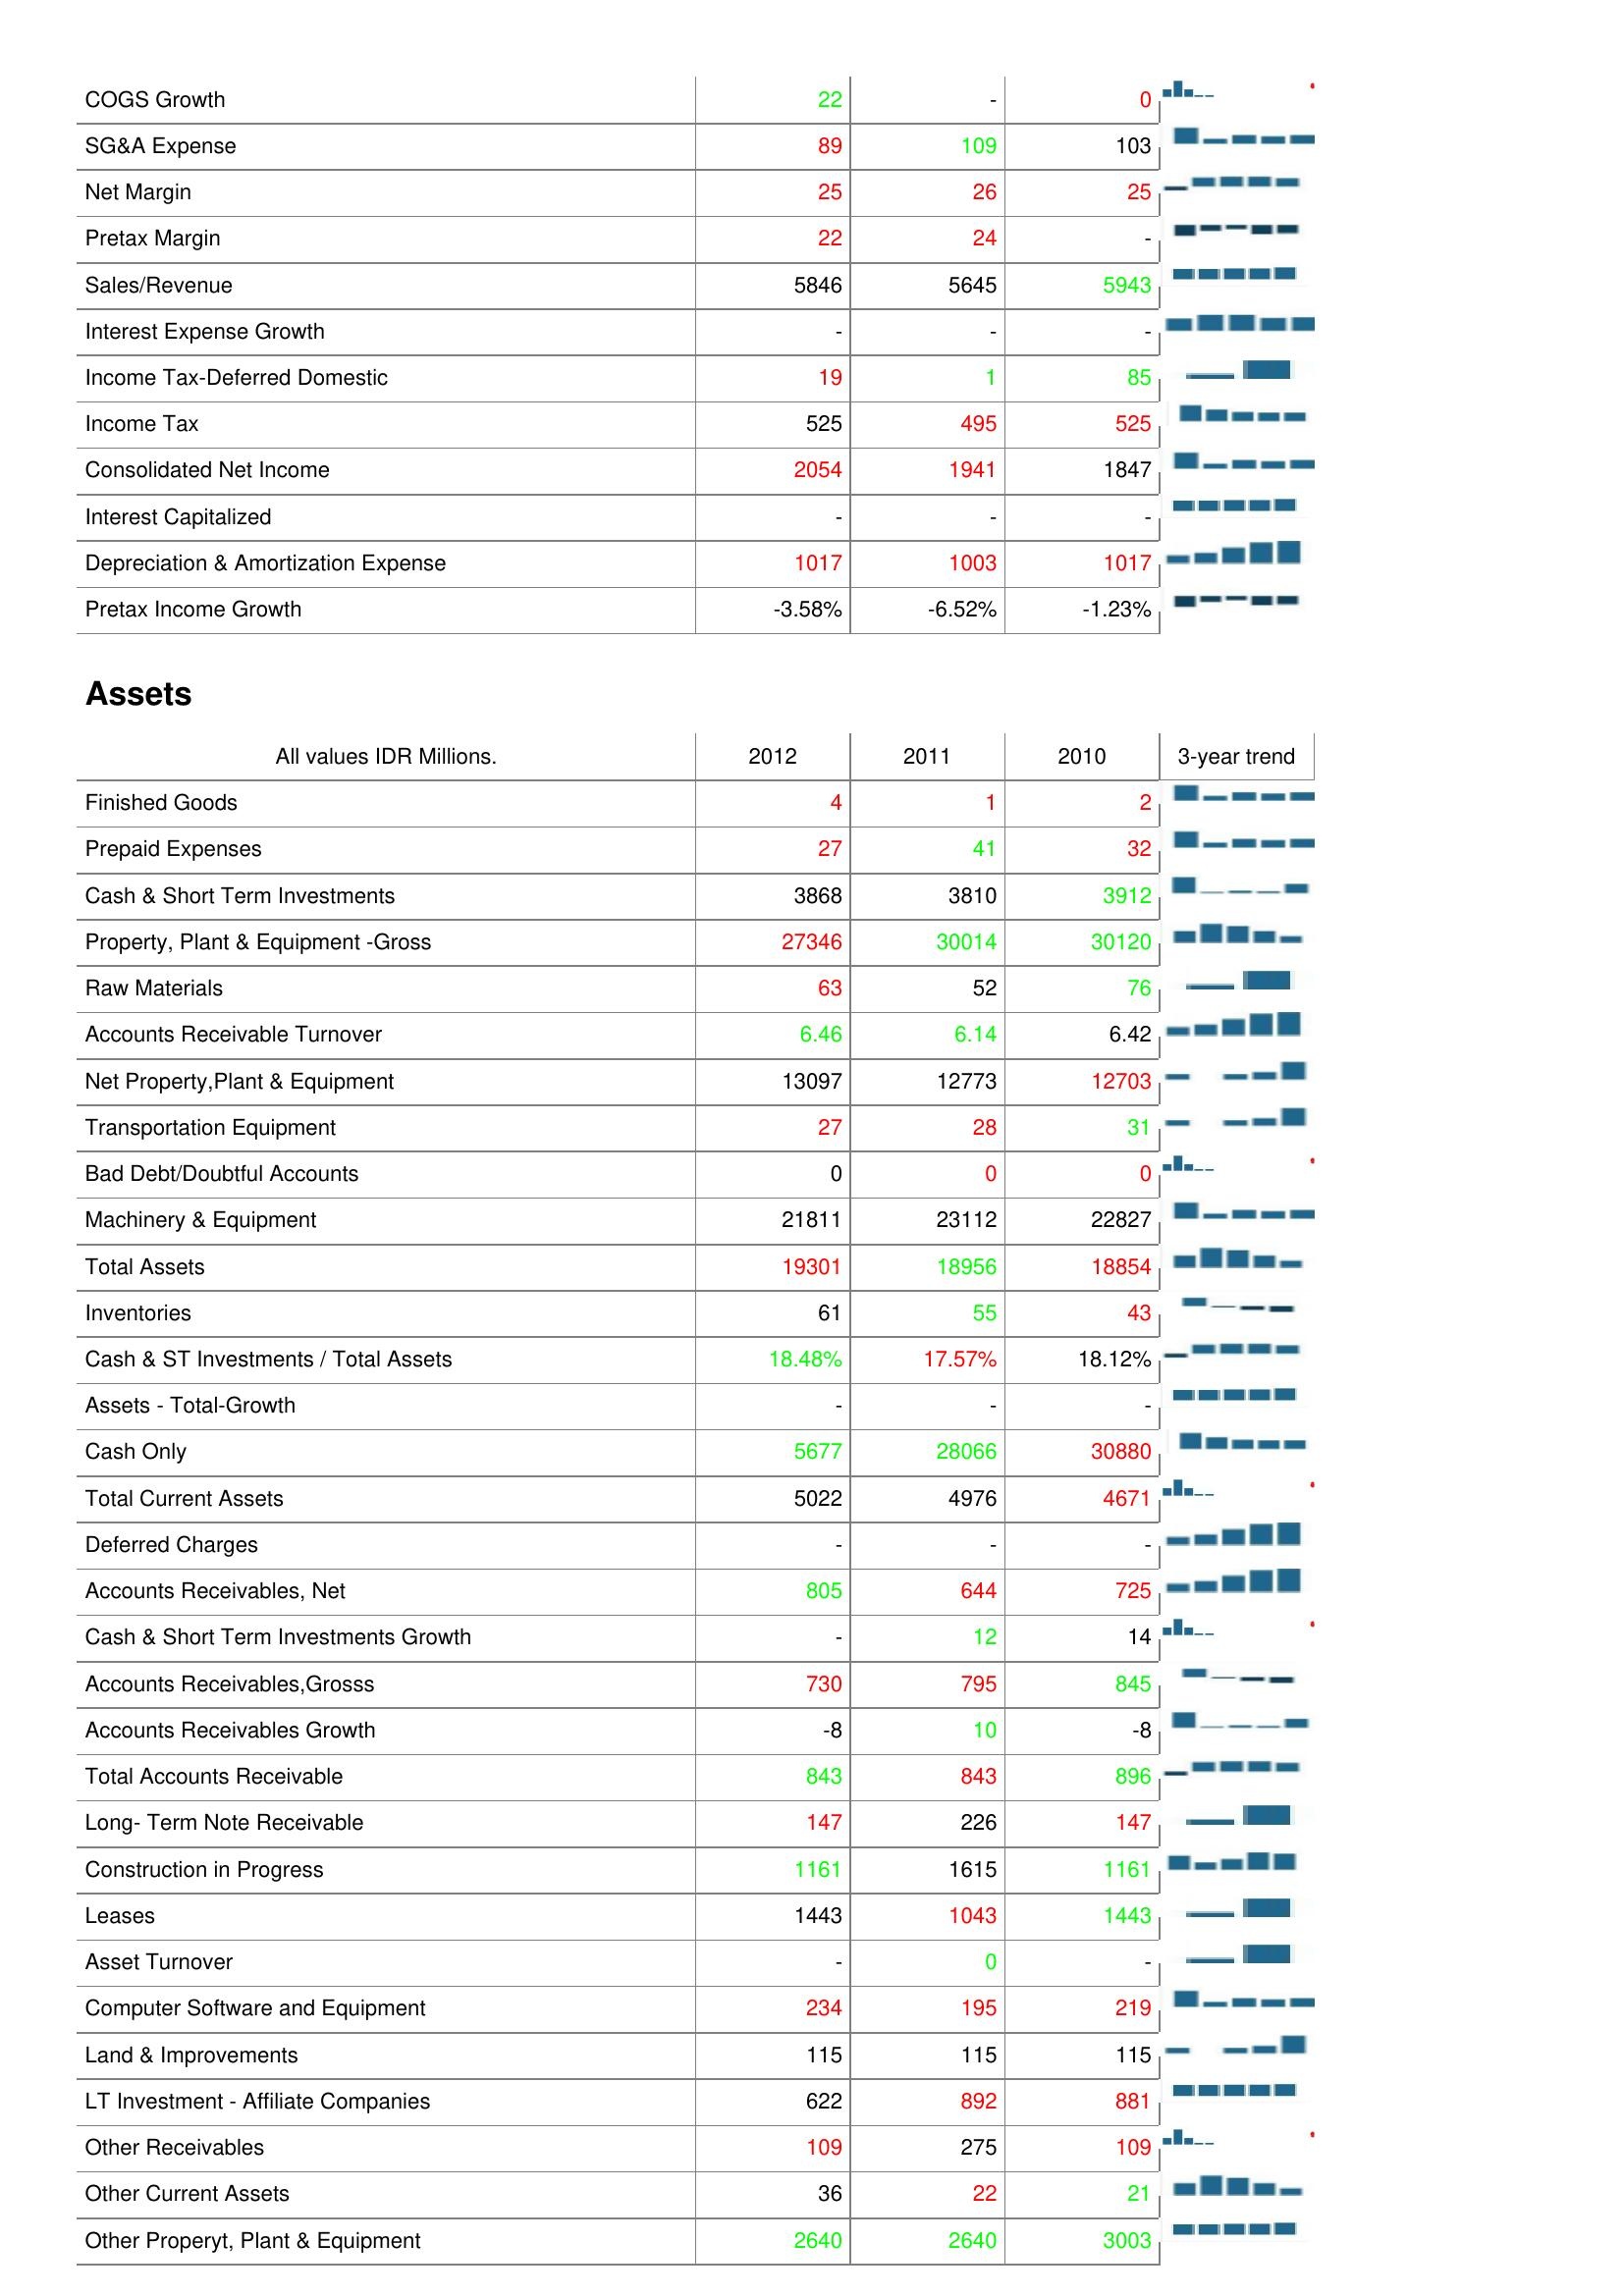
2012: : COGS Growth: 22
SG&A Expense: 89
Net Margin: 25
Pretax Margin: 22
Sales/Revenue: 5846
Interest Expense Growth: -
Income Tax-Deferred Domestic: 19
Income Tax: 525
Consolidated Net Income: 2054
Interest Capitalized: -
Depreciation & Amortization Expense: 1017
Pretax Income Growth: -3.58%
Assets: Finished Goods: 4
Prepaid Expenses: 27
Cash & Short Term Investments: 3868
Property, Plant & Equipment -Gross: 27346
Raw Materials: 63
Accounts Receivable Turnover: 6.46
Net Property,Plant & Equipment: 13097
Transportation Equipment: 27
Bad Debt/Doubtful Accounts: 0
Machinery & Equipment: 21811
Total Assets: 19301
Inventories: 61
Cash & ST Investments / Total Assets: 18.48%
Assets - Total-Growth: -
Cash Only: 5677
Total Current Assets: 5022
Deferred Charges: -
Accounts Receivables, Net: 805
Cash & Short Term Investments Growth: -
Accounts Receivables,Grosss: 730
Accounts Receivables Growth: -8
Total Accounts Receivable: 843
Long- Term Note Receivable: 147
Construction in Progress: 1161
Leases: 1443
Asset Turnover: -
Computer Software and Equipment: 234
Land & Improvements: 115
LT Investment - Affiliate Companies: 622
Other Receivables: 109
Other Current Assets: 36
Other Properyt, Plant & Equipment: 2640
2011: : COGS Growth: -
SG&A Expense: 109
Net Margin: 26
Pretax Margin: 24
Sales/Revenue: 5645
Interest Expense Growth: -
Income Tax-Deferred Domestic: 1
Income Tax: 495
Consolidated Net Income: 1941
Interest Capitalized: -
Depreciation & Amortization Expense: 1003
Pretax Income Growth: -6.52%
Assets: Finished Goods: 1
Prepaid Expenses: 41
Cash & Short Term Investments: 3810
Property, Plant & Equipment -Gross: 30014
Raw Materials: 52
Accounts Receivable Turnover: 6.14
Net Property,Plant & Equipment: 12773
Transportation Equipment: 28
Bad Debt/Doubtful Accounts: 0
Machinery & Equipment: 23112
Total Assets: 18956
Inventories: 55
Cash & ST Investments / Total Assets: 17.57%
Assets - Total-Growth: -
Cash Only: 28066
Total Current Assets: 4976
Deferred Charges: -
Accounts Receivables, Net: 644
Cash & Short Term Investments Growth: 12
Accounts Receivables,Grosss: 795
Accounts Receivables Growth: 10
Total Accounts Receivable: 843
Long- Term Note Receivable: 226
Construction in Progress: 1615
Leases: 1043
Asset Turnover: 0
Computer Software and Equipment: 195
Land & Improvements: 115
LT Investment - Affiliate Companies: 892
Other Receivables: 275
Other Current Assets: 22
Other Properyt, Plant & Equipment: 2640
2010: : COGS Growth: 0
SG&A Expense: 103
Net Margin: 25
Pretax Margin: -
Sales/Revenue: 5943
Interest Expense Growth: -
Income Tax-Deferred Domestic: 85
Income Tax: 525
Consolidated Net Income: 1847
Interest Capitalized: -
Depreciation & Amortization Expense: 1017
Pretax Income Growth: -1.23%
Assets: Finished Goods: 2
Prepaid Expenses: 32
Cash & Short Term Investments: 3912
Property, Plant & Equipment -Gross: 30120
Raw Materials: 76
Accounts Receivable Turnover: 6.42
Net Property,Plant & Equipment: 12703
Transportation Equipment: 31
Bad Debt/Doubtful Accounts: 0
Machinery & Equipment: 22827
Total Assets: 18854
Inventories: 43
Cash & ST Investments / Total Assets: 18.12%
Assets - Total-Growth: -
Cash Only: 30880
Total Current Assets: 4671
Deferred Charges: -
Accounts Receivables, Net: 725
Cash & Short Term Investments Growth: 14
Accounts Receivables,Grosss: 845
Accounts Receivables Growth: -8
Total Accounts Receivable: 896
Long- Term Note Receivable: 147
Construction in Progress: 1161
Leases: 1443
Asset Turnover: -
Computer Software and Equipment: 219
Land & Improvements: 115
LT Investment - Affiliate Companies: 881
Other Receivables: 109
Other Current Assets: 21
Other Properyt, Plant & Equipment: 3003